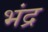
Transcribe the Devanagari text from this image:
भंद्र